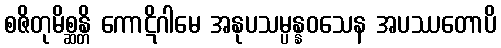
စဇိတုမိစ္ဆန္တိ ကောဋိဂါမေ အနုပသမ္ပန္နဝသေန အပဿတောပိ